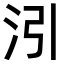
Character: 𪵰